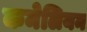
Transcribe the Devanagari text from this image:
कमेलियन